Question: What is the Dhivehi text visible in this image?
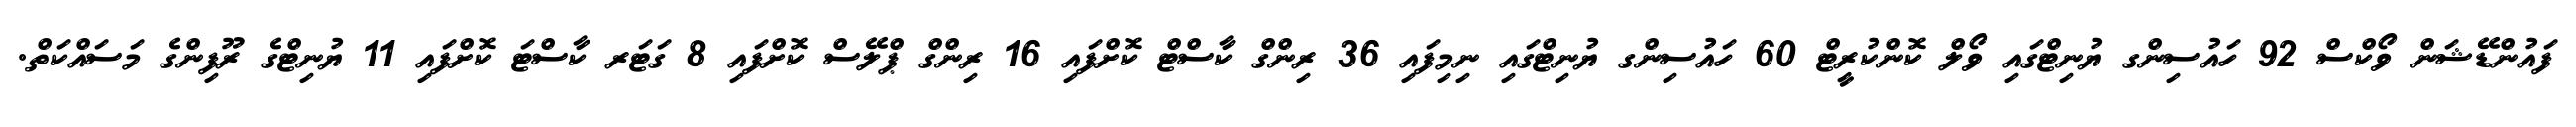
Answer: ފައުންޑޭޝަން ވޯކްސް 92 ހައުސިންގ ޔުނިޓްގައި ވޯލް ކޮންކުރީޓް 60 ހައުސިންގ ޔުނިޓްގައި ނިމިފައި 36 ރިންގް ކާސްޓް ކޮށްފައި 16 ރިންގް ޕްލޭސް ކޮށްފައި 8 ގަޓަރ ކާސްޓަ ކޮށްފައި 11 ޔުނިޓްގެ ރޫފިންގެ މަސައްކަތް.